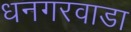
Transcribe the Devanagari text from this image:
धनगरवाडा